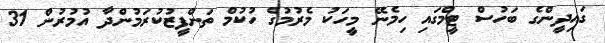
ގައިދީންގެ ބަހުސް ޓީމްގައި ހިމެނޭ މީހަކު މެރުމުގެ ހުކުމް ތަންފީޒުކުރަމުންދާ އުމުރުން 31